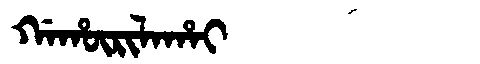
Manchu: ᡤᠠᡥᡡᡵᡳᠯᠠᡥᠠᡳ
Romanization: GAHŪRILAHAI